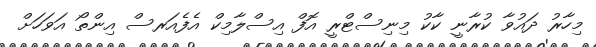
މިހާރު ދައުވާ ކުރާނީ ކާކު މިނިސްޓްރީ އޮފް އިސްލާމިކް އެފެއަރސް އިންތޯ އަވަހަށް